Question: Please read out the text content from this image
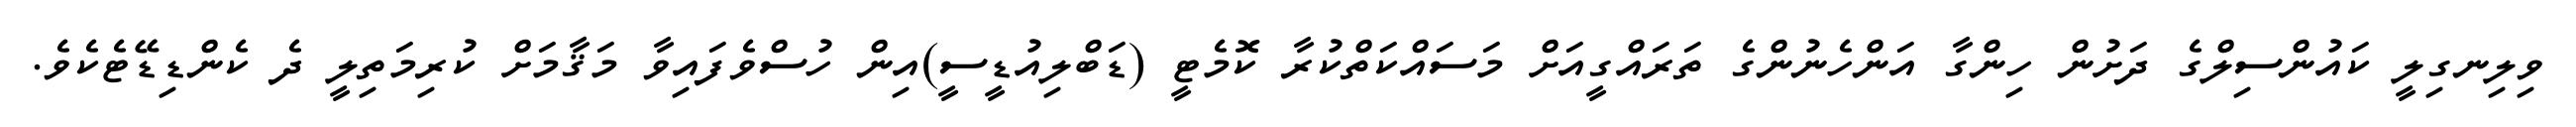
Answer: ވިލިނގިލީ ކައުންސިލްގެ ދަށުން ހިންގާ އަންހެނުންގެ ތަރައްގީއަށް މަސައްކަތްކުރާ ކޮމެޓީ (ޑަބްލިއުޑީސީ)އިން ހުސްވެފައިވާ މަޤާމަށް ކުރިމަތިލީ ދެ ކެންޑިޑޭޓެކެވެ.